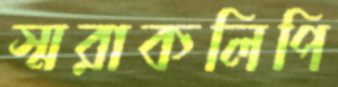
স্মরাকলিপি